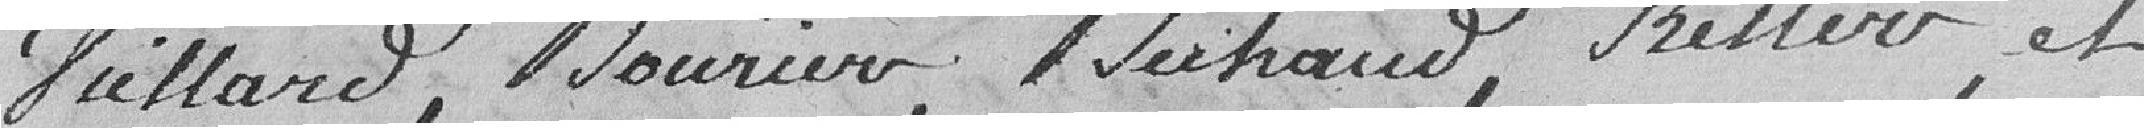
Vuillard, Mourier, Meihand, Keller et